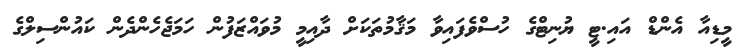
މީޑިއާ އެންޑް އައި.ޓީ ޔުނިޓްގެ ހުސްވެފައިވާ މަޤާމުތަކަށް ދާއިމީ މުވައްޒަފުން ހަމަޖެހެންދެން ކައުންސިލްގެ